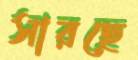
সারছে